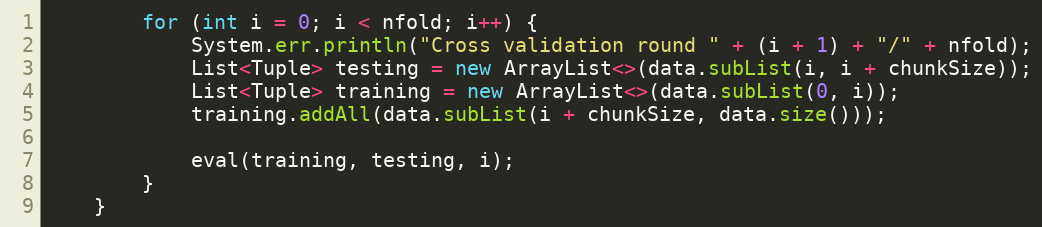
Language: Java
        for (int i = 0; i < nfold; i++) {
            System.err.println("Cross validation round " + (i + 1) + "/" + nfold);
            List<Tuple> testing = new ArrayList<>(data.subList(i, i + chunkSize));
            List<Tuple> training = new ArrayList<>(data.subList(0, i));
            training.addAll(data.subList(i + chunkSize, data.size()));

            eval(training, testing, i);
        }
    }